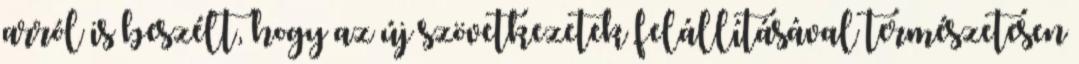
arról is beszélt, hogy az új szövetkezetek felállításával természetesen